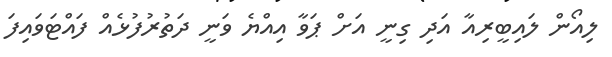
ލިއޯން ލައިބީރިއާ އަދި ގިނީ އަށް ޕަވާ އިއްޔެ ވަނީ ދަތުރުފުޅެއް ފައްޓަވައިފަ